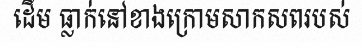
ដើម ធ្លាក់នៅខាងក្រោមសាកសពរបស់